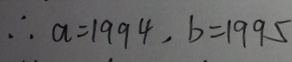
\therefore a = 1 9 9 4 , b = 1 9 9 5